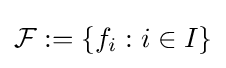
{\mathcal {F}}:=\left\{f_{i}:i\in I\right\}